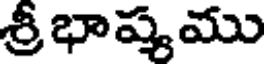
శ్రీ భాష్యము